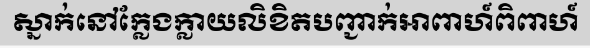
ស្នាក់នៅក្លែងក្លាយលិខិតបញ្ជាក់អាពាហ៍ពិពាហ៍